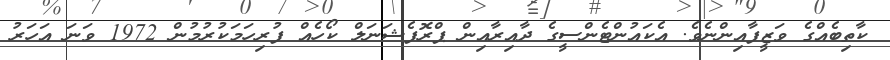
ކާތިބެއްގެ ވަޒީފާއިންނެވެ. އެކައުންޓެންސީގެ ދާއިރާއިން ޕްރޮފެޝަނަލް ކޯހެއް ފުރިހަމަކުރުމުން 1972 ވަނަ އަހަރު